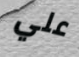
علي